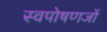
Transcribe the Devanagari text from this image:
स्वपोषणजों